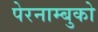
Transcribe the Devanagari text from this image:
पेरनाम्बुको